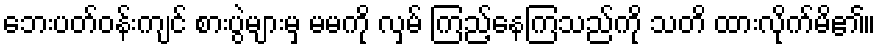
ဘေးပတ်ဝန်းကျင် စားပွဲများမှ မမကို လှမ် ကြည့်နေကြသည်ကို သတိ ထားလိုက်မိ၏။